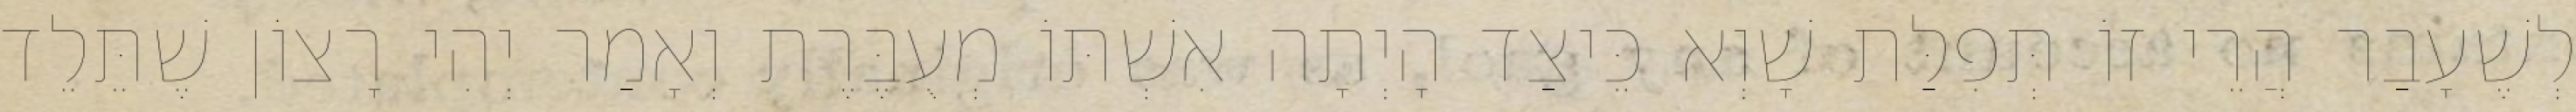
לְשֶׁעָבַר הֲרֵי זוֹ תְּפִלַּת שָׁוְא כֵּיצַד הָיְתָה אִשְׁתּוֹ מְעֻבֶּרֶת וְאָמַר יְהִי רָצוֹן שֶׁתֵּלֵד